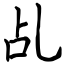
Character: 乩